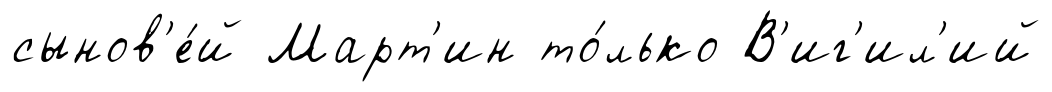
сынов'е́й Март'ин то́лько В'иг'ил'ий